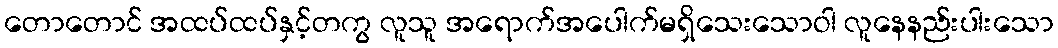
တောတောင် အထပ်ထပ်နှင့်တကွ လူသူ အရောက်အပေါက်မရှိသေးသောဝါ လူနေနည်းပါးသော